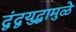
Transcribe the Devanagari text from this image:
द्वंद्वयुद्धामुळे